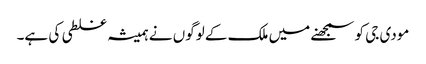
مودی جی کو سمجھنے میں ملک کے لوگوں نے ہمیشہ غلطی کی ہے۔